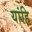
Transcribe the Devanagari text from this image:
यांहि